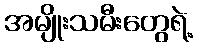
အမျိုးသမီးတွေရဲ့